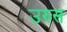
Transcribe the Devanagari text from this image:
उरुस